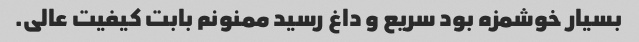
بسیار خوشمزه بود سریع و داغ رسید ممنونم بابت کیفیت عالى.